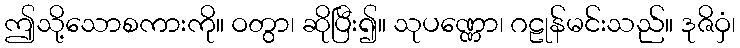
ဤသို့သောစကားကို။ ဝတွာ၊ ဆိုပြီး၍။ သုပဏ္ဏော၊ ဂဠုန်မင်းသည်။ ဒုဇိဝှံ၊